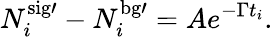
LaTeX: N_{i}^{\mathrm{{sig}\prime}}-N_{i}^{\mathrm{{bg}\prime}}=Ae^{-\Gamma t_{i}}.